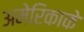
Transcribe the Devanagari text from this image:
अमेरिकाके